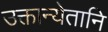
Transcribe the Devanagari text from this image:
उक्तान्येतानि